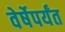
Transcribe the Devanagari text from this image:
वेर्षेपर्यंत